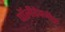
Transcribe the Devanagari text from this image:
पॉलीटेक्नीक